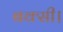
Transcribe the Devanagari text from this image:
बक्सी।